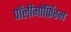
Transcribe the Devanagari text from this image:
पॉलीमॉर्फ़िस्म